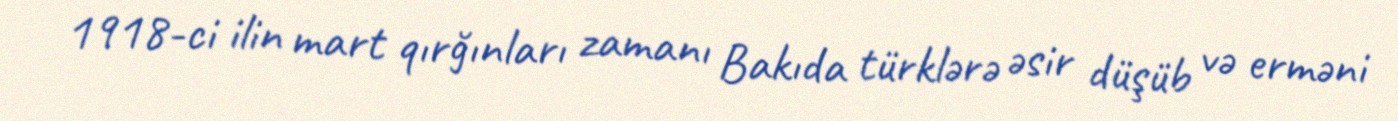
1918-ci ilin mart qırğınları zamanı Bakıda türklərə əsir düşüb və erməni